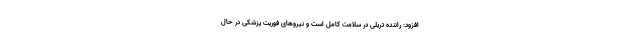
افزود: راننده تریلی در سلامت کامل است و نیروهای فوریت پزشکی در حال